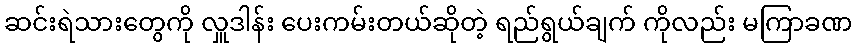
ဆင်းရဲသားတွေကို လှူဒါန်း ပေးကမ်းတယ်ဆိုတဲ့ ရည်ရွယ်ချက် ကိုလည်း မကြာခဏ